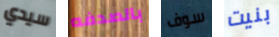
سيدي بالصدفه سوف بنيت